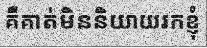
គឺគាត់មិននិយាយរកខ្ញុំ